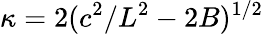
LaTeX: \kappa=2(c^{2}/L^{2}-2B)^{1/2}